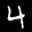
Label: 4